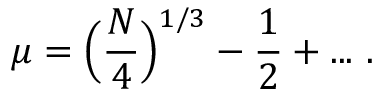
\mu = \Bigl ( \frac { N } { 4 } \Bigr ) ^ { 1 / 3 } - \frac { 1 } { 2 } + . . . ~ .